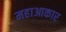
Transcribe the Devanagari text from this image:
महाआकार